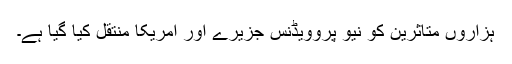
ہزاروں متاثرین کو نیو پروویڈنس جزیرے اور امریکا منتقل کیا گیا ہے۔